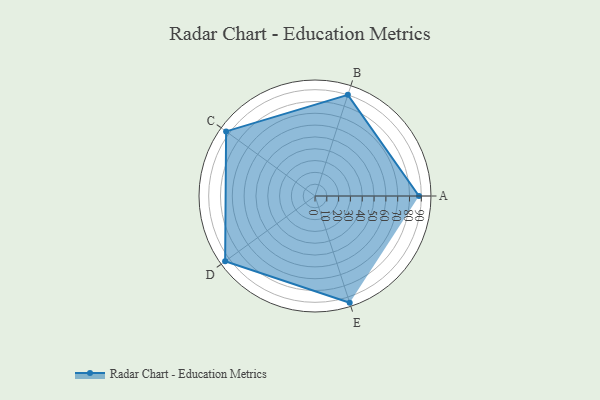
{"axis": {"x": "Skill", "y": "Score"}, "legend": ["Profile"], "data": [{"x": "A", "y": 88.0, "type": "Profile"}, {"x": "B", "y": 90.0, "type": "Profile"}, {"x": "C", "y": 93.0, "type": "Profile"}, {"x": "D", "y": 94.0, "type": "Profile"}, {"x": "E", "y": 95.0, "type": "Profile"}]}